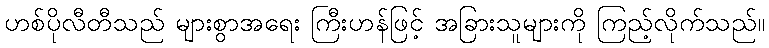
ဟစ်ပိုလီတီသည် များစွာအရေး ကြီးဟန်ဖြင့် အခြားသူများကို ကြည့်လိုက်သည်။